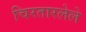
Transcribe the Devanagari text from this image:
चिरतारलेले